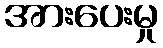
အားပေးမှု